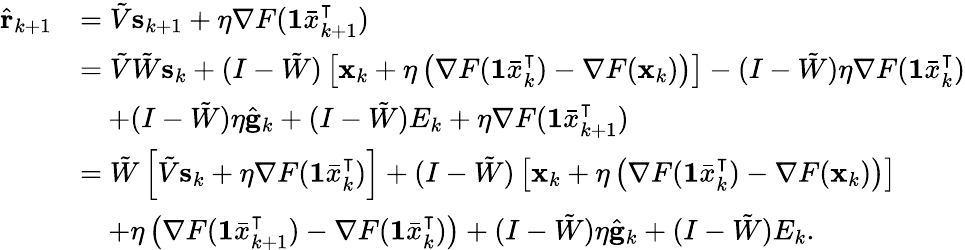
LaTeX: \begin{array}{rl}{\hat{\mathbf{r}}_{k+1}}&{=\tilde{V}\mathbf{s}_{k+1}+\eta\nabla F(\mathbf{1}\bar{x}_{k+1}^{\intercal})}\\ &{=\tilde{V}\tilde{W}\mathbf{s}_{k}+(I-\tilde{W})\left[\mathbf{x}_{k}+\eta\left(\nabla F(\mathbf{1}\bar{x}_{k}^{\intercal})-\nabla F(\mathbf{x}_{k})\right)\right]-(I-\tilde{W})\eta\nabla F(\mathbf{1}\bar{x}_{k}^{\intercal})}\\ &{\quad+(I-\tilde{W})\eta\hat{\mathbf{g}}_{k}+(I-\tilde{W})E_{k}+\eta\nabla F(\mathbf{1}\bar{x}_{k+1}^{\intercal})}\\ &{=\tilde{W}\left[\tilde{V}\mathbf{s}_{k}+\eta\nabla F(\mathbf{1}\bar{x}_{k}^{\intercal})\right]+(I-\tilde{W})\left[\mathbf{x}_{k}+\eta\left(\nabla F(\mathbf{1}\bar{x}_{k}^{\intercal})-\nabla F(\mathbf{x}_{k})\right)\right]}\\ &{\quad+\eta\left(\nabla F(\mathbf{1}\bar{x}_{k+1}^{\intercal})-\nabla F(\mathbf{1}\bar{x}_{k}^{\intercal})\right)+(I-\tilde{W})\eta\hat{\mathbf{g}}_{k}+(I-\tilde{W})E_{k}.}\end{array}